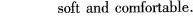
___ soft and comfortable.